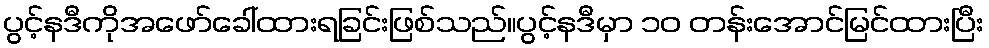
ပွင့်နဒီကိုအဖော်ခေါ်ထားရခြင်းဖြစ်သည်။ပွင့်နဒီမှာ ၁၀ တန်းအောင်မြင်ထားပြီး